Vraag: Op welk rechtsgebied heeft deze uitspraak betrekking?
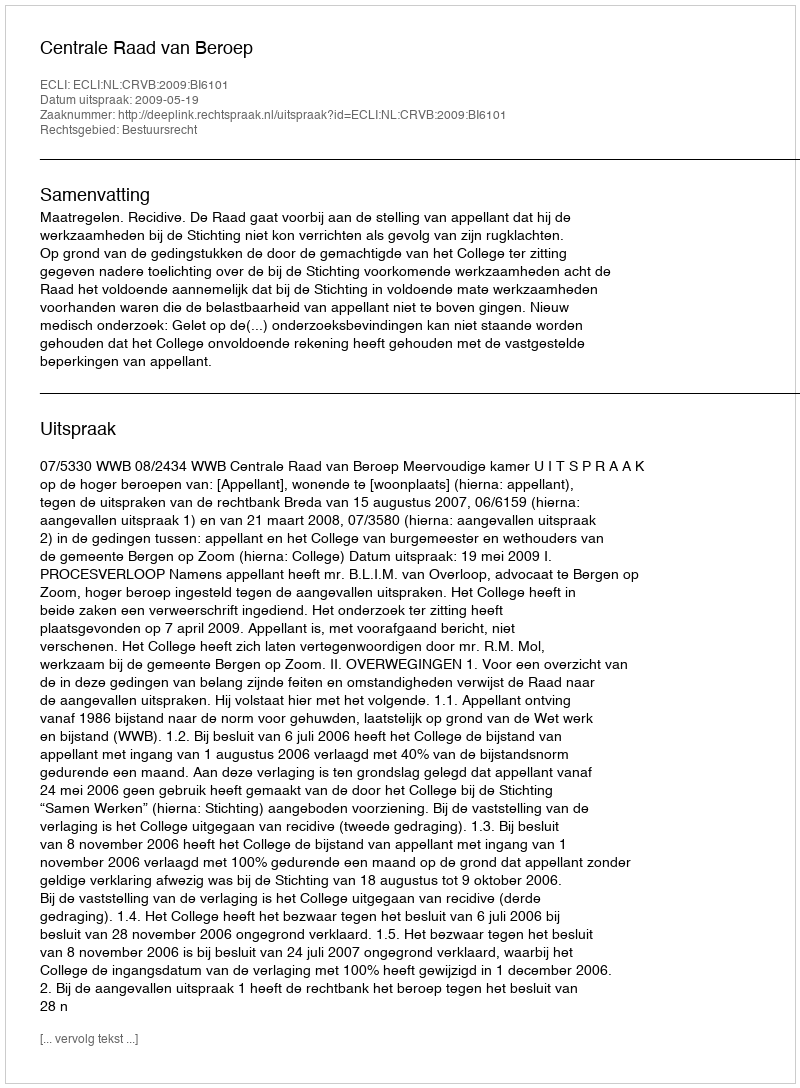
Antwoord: Bestuursrecht